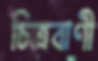
চিত্রবাণী